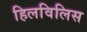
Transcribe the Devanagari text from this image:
हिलविलिस